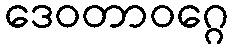
ဒေဝတာဝဂ္ဂေ